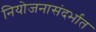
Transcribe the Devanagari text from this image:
नियोजनासंदर्भात